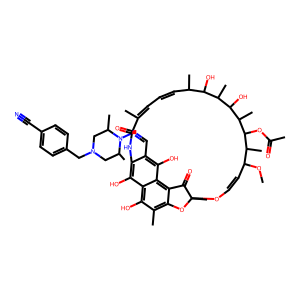
SMILES: COC1C=COC2(C)Oc3c(C)c(O)c4c(O)c(c(C=NN5C(C)CN(Cc6ccc(C#N)cc6)CC5C)c(O)c4c3C2=O)NC(=O)C(C)=CC=CC(C)C(O)C(C)C(O)C(C)C(OC(C)=O)C1C
Inhibits HIV replication: No